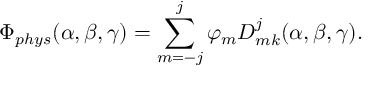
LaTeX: \Phi _ { p h y s } ( \alpha , \beta , \gamma ) = \sum _ { m = - j } ^ { j } \varphi _ { m } D _ { m k } ^ { j } ( \alpha , \beta , \gamma ) .